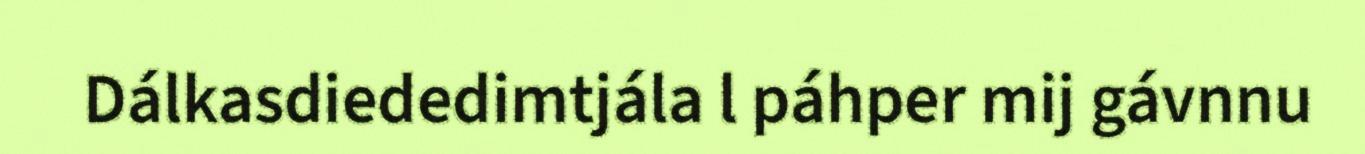
Dálkasdiededimtjála l páhper mij gávnnu